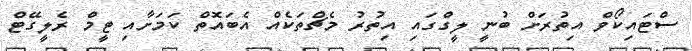
ސްޓައިކޯވް އިތުރަށް ބުނީ ލީގްގައި އިތުރު މެޗްތަކެއް އެބައޮތް ކަމަށާއި ޓީމް ރެލީގޭޓް